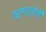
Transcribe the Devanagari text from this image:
वर्गश्रेणी